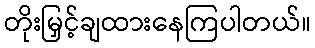
တိုးမြှင့်ချထားနေကြပါတယ်။